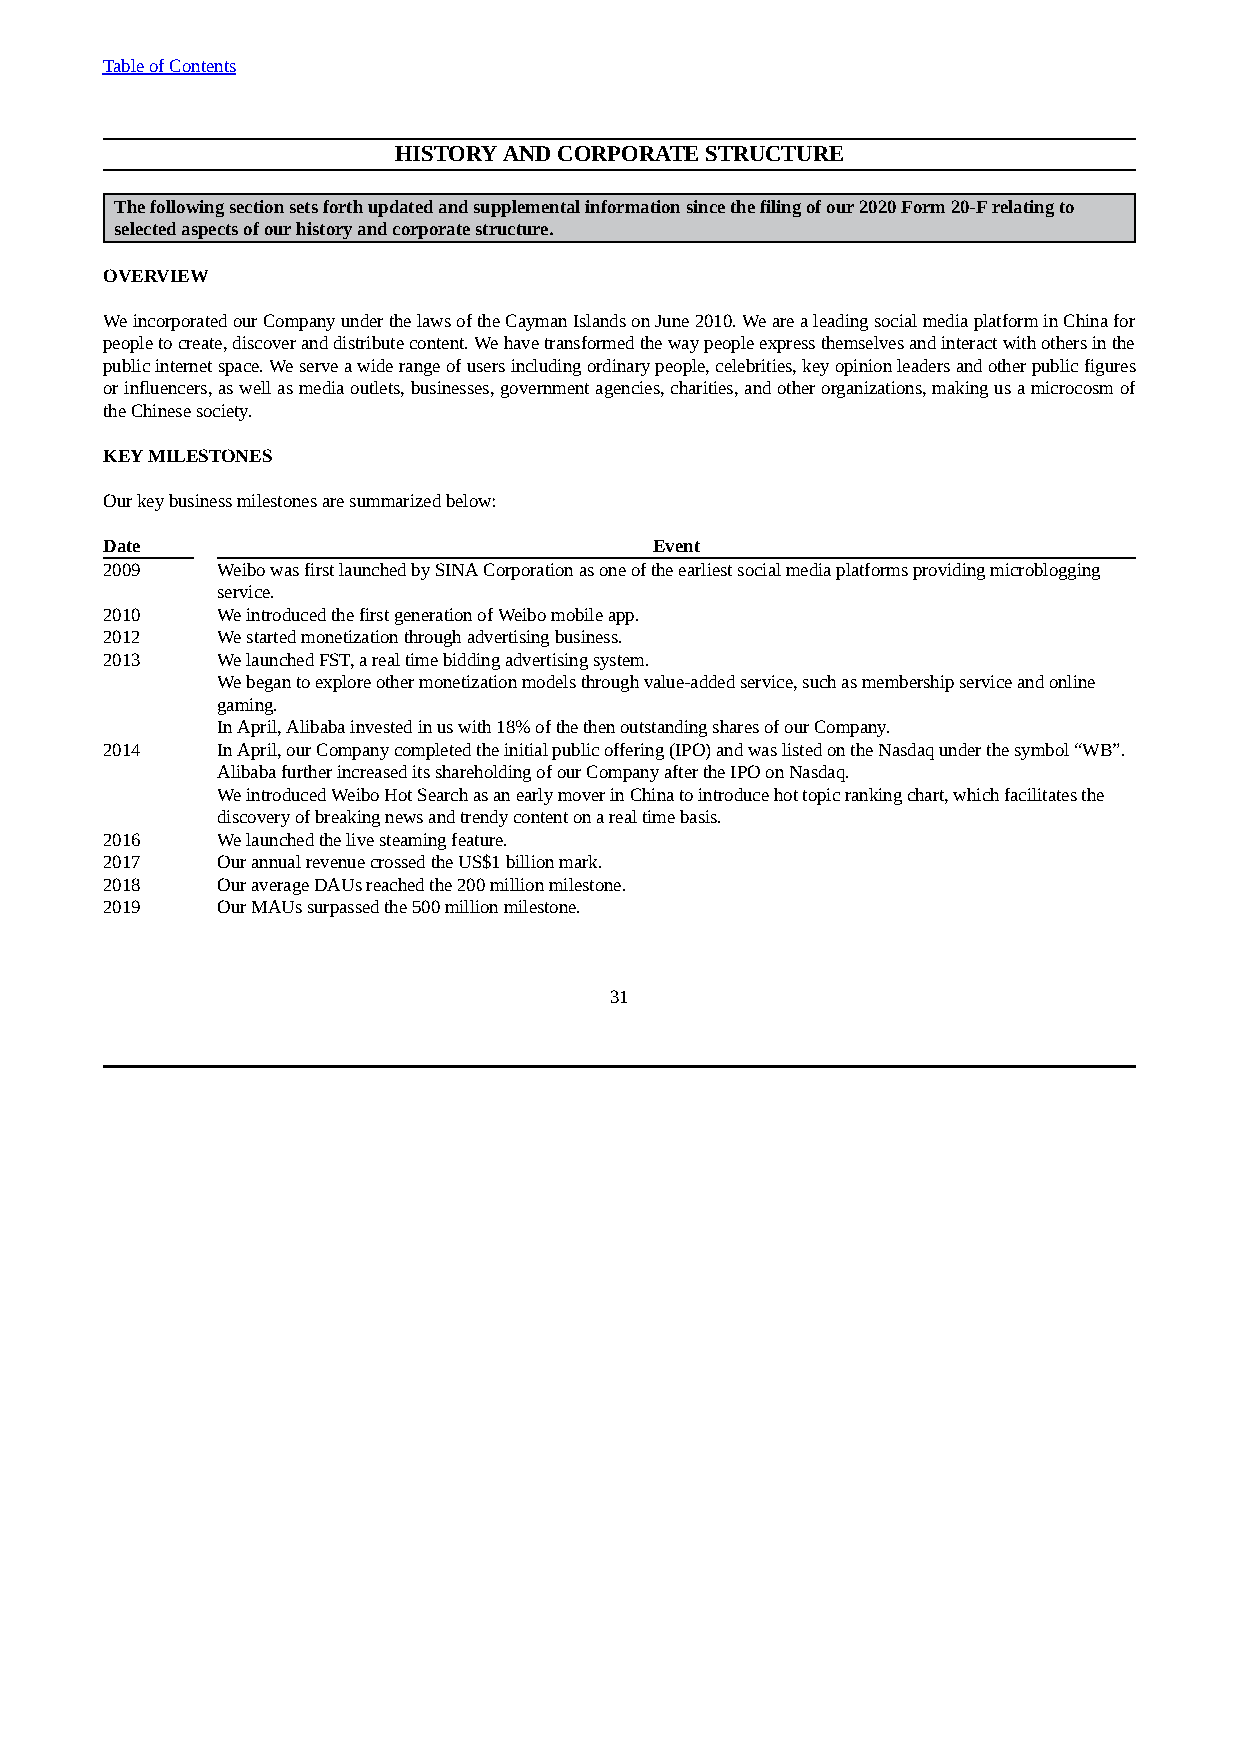
Table of Contents
 HISTORY AND CORPORATE STRUCTURE
 The following section sets forth updated and supplemental information since the filing of our 2020 Form 20-F relating to
 selected aspects of our history and corporate structure.
 OVERVIEW
 We incorporated our Company under the laws of the Cayman Islands on June 2010. We are a leading social media platform in China for
 people to create, discover and distribute content. We have transformed the way people express themselves and interact with others in the
 public internet space. We serve a wide range of users including ordinary people, celebrities, key opinion leaders and other public figures
 or influencers, as well as media outlets, businesses, government agencies, charities, and other organizations, making us a microcosm of
 the Chinese society.
 KEY MILESTONES
 Our key business milestones are summarized below:
 Date                                Event
 2009   Weibo was first launched by SINA Corporation as one of the earliest social media platforms providing microblogging
 service.
 2010   We introduced the first generation of Weibo mobile app.
 2012   We started monetization through advertising business.
 2013   We launched FST, a real time bidding advertising system.
 We began to explore other monetization models through value-added service, such as membership service and online
 gaming.
 In April, Alibaba invested in us with 18% of the then outstanding shares of our Company.
 2014   In April, our Company completed the initial public offering (IPO) and was listed on the Nasdaq under the symbol “WB”.
 Alibaba further increased its shareholding of our Company after the IPO on Nasdaq.
 We introduced Weibo Hot Search as an early mover in China to introduce hot topic ranking chart, which facilitates the
 discovery of breaking news and trendy content on a real time basis.
 2016   We launched the live steaming feature.
 2017   Our annual revenue crossed the US$1 billion mark.
 2018   Our average DAUs reached the 200 million milestone.
 2019   Our MAUs surpassed the 500 million milestone.
 31